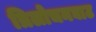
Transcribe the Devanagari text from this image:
त्रिलोचनघाट